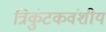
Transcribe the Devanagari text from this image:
त्रिकुंटकवंशीय